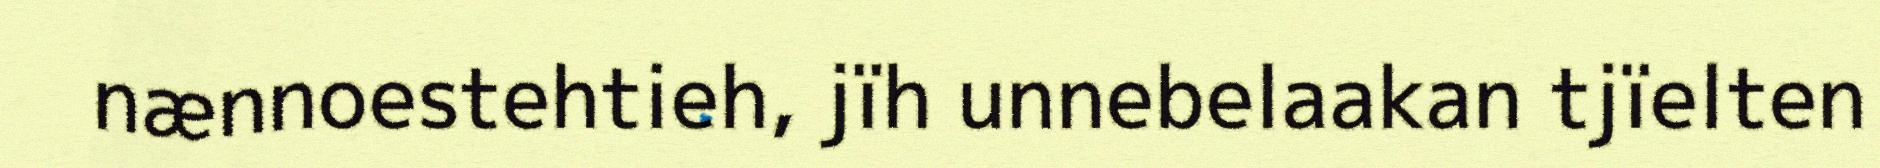
nænnoestehtieh, jïh unnebelaakan tjïelten